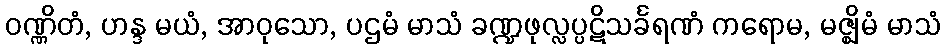
ဝဏ္ဏိတံ, ဟန္ဒ မယံ, အာဝုသော, ပဌမံ မာသံ ခဏ္ဍဖုလ္လပ္ပဋိသင်္ခရဏံ ကရောမ, မဇ္ဈိမံ မာသံ